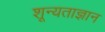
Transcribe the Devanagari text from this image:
शून्यताज्ञान